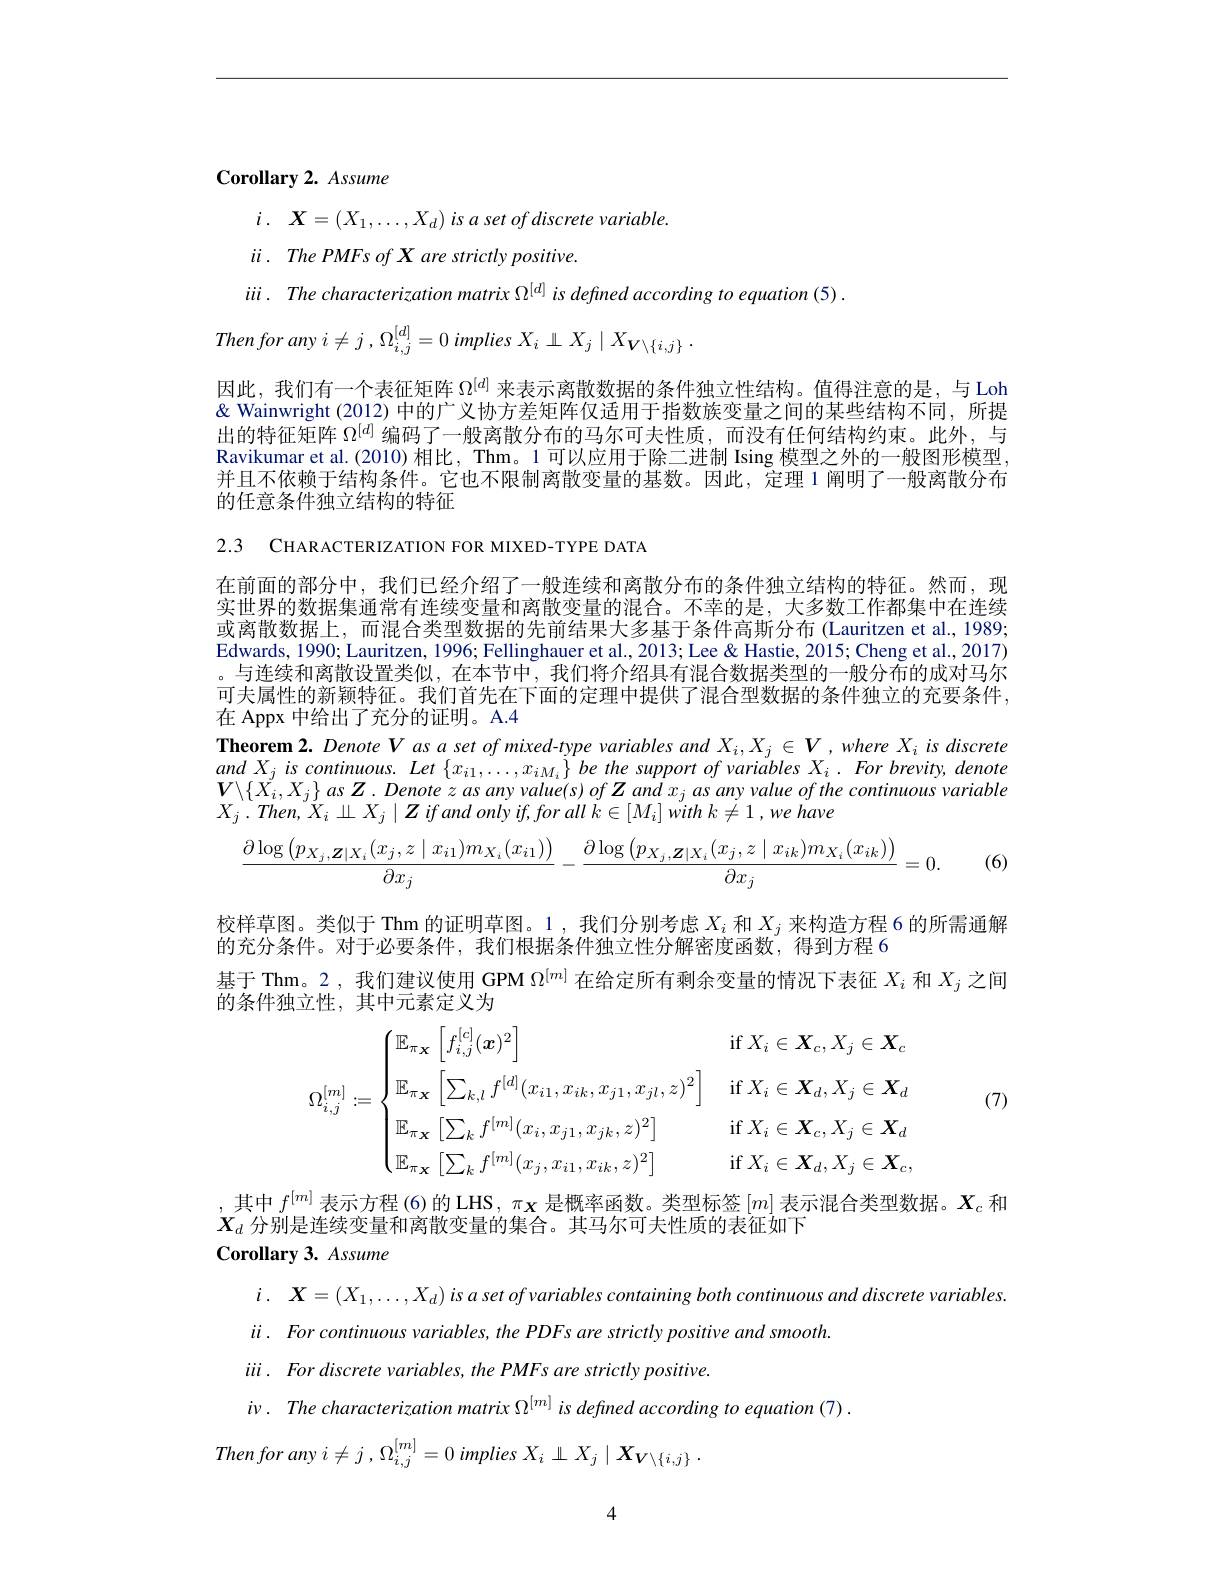
Corollary 2. Assume

$i.$ $\boldsymbol{X}= \left ( X_{1}, \ldots , X_{d}\right ) is$ $a$ set $of$ discrete $variable.$
$ii.$ ThePMFs ofX are strictly positive.
$iii.Thecharacterizationmatrix\Omega^{[d]}isdefinedaccordingtoequation(5).$
$$for\:any\:i\neq j\:,\:\Omega_{i,j}^{[d]}=0\:implies\:X_{i}\:\perp\:X_{j}\:\mid\:X_{V\setminus\{i,j\}}\:.$$
因此，我们有一个表征矩阵$\Omega^{[d]}$来表示离散数据的条件独立性结构。值得注意的是，与 Loh & Wainwright (2012) 中的广义协方差矩阵仅适用于指数族变量之间的某些结构不同，所提出的特征矩阵$\Omega^{[d]}$编码了一般离散分布的马尔可夫性质，而没有任何结构约束。此外，与Ravikumar et al.(2010) 相比，Thm。1 可以应用于除二进制 Ising 模型之外的一般图形模型并且不依赖于结构条件。它也不限制离散变量的基数。因此，定理 1 阐明了一般离散分布的任意条件独立结构的特征

2.3 CHARACTERIZATION FOR MIXED-TYPE DATA

在前面的部分中，我们已经介绍了一般连续和离散分布的条件独立结构的特征。然而，现实世界的数据集通常有连续变量和离散变量的混合。不幸的是，大多数工作都集中在连续或离散数据上，而混合类型数据的先前结果大多基于条件高斯分布(Lauritzen et al., 1989; Edwards, 1990; Lauritzen, 1996; Fellinghauer et al., 2013; Lee & Hastie, 2015; Cheng et al., 2017) 。与连续和离散设置类似，在本节中，我们将介绍具有混合数据类型的一般分布的成对马尔可夫属性的新颖特征。我们首先在下面的定理中提供了混合型数据的条件独立的充要条件， 在 Appx 中给出了充分的证明。A.4

Theorem 2. Denote $V$ as a set of mixed-type variables and $X_i,X_j\in V$ ,where $X_i$ is discrete $andX_{j}iscontinuous. Let\left \{ x_{i1}, \ldots , x_{iM_{i}}\right \} be$ the support $of$ variables $X_{i}$ . For $brevity$, denote $V\backslash\{X_{i},X_{j}\}$ as $Z.Denotezasany$ value(s) of $Z$ and $x_j$ as any value of the continuous variable $X_{j}. Then$, $X_{i}\perp X_{j}\mid Z$ if and only if, for all $k\in [ M_{i}] \ddot{w} ith$ $k\neq 1, we$ have
$$\frac{\partial\log\left(p_{X_j,\boldsymbol{Z}\mid X_i}(x_j,z\mid x_{i1})m_{X_i}(x_{i1})\right)}{\partial x_j}-\frac{\partial\log\left(p_{X_j,\boldsymbol{Z}\mid X_i}(x_j,z\mid x_{ik})m_{X_i}(x_{ik})\right)}{\partial x_j}=0.$$
(6)

校样草图。类似于 Thm 的证明草图。1 , 我们分别考虑$X_i$和$X_j$来构造方程 6 的所需通解
的充分条件。对于必要条件，我们根据条件独立性分解密度函数，得到方程 6
基于 Thm。2, 我们建议使用 GPM $\Omega^{[m]}$在给定所有剩余变量的情况下表征$X_i$和$X_j$之间
的条件独立性，其中元素定义为
$$\Omega_{i,j}^{[m]}:=\begin{cases}\mathbb{E}_{\pi_{\mathbf{X}}}\left[f_{i,j}^{[c]}(\boldsymbol{x})^{2}\right]&\mathrm{if}\:X_{i}\in\boldsymbol{X}_{c},X_{j}\in\boldsymbol{X}_{c}\\\mathbb{E}_{\pi_{\mathbf{X}}}\left[\sum_{k,l}f^{[d]}(x_{i1},x_{ik},x_{j1},x_{jl},z)^{2}\right]&\mathrm{if}\:X_{i}\in\boldsymbol{X}_{d},X_{j}\in\boldsymbol{X}_{d}\\\mathbb{E}_{\pi_{\mathbf{X}}}\left[\sum_{k}f^{[m]}(x_{i},x_{j1},x_{jk},z)^{2}\right]&\mathrm{if}\:X_{i}\in\boldsymbol{X}_{c},X_{j}\in\boldsymbol{X}_{d}\\\mathbb{E}_{\pi_{\mathbf{X}}}\left[\sum_{k}f^{[m]}(x_{j},x_{i1},x_{ik},z)^{2}\right]&\mathrm{if}\:X_{i}\in\boldsymbol{X}_{d},X_{j}\in\boldsymbol{X}_{c},\end{cases}$$
(7)

其中$f^{[m]}$表示方程 (6)的 LHS , $\pi_{\mathbf{X}}$是概率函数。类型标签$[m]$表示混合类型数据。$X_c$和
$X_d$分别是连续变量和离散变量的集合。其马尔可夫性质的表征如下
Corollary 3. Assume

$i.$ $\boldsymbol{X}= ( X_{1}, \ldots , X_{d})$ $is$ $a$ set $of$ variables containing both continuous and discrete $variables.$
$ii. \textit{ For continuous variables,  the PDFs are strictly positive and smooth}$
$iii.$ Fordiscrete variables, the PMFs are strictly positive.
$i\nu .$ The characterization matrix $\Omega ^{[ m] }$ $is$ defined according $to$ equation (7)
Then for any $i\neq j$ , $\Omega_i,j^{[m]}=0$ implies $X_i\perp X_j\mid X_{V\setminus\{i,j\}}.$

4